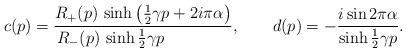
LaTeX: \begin{align*}c(p)=\frac{R_+(p)\,\sinh\left(\frac{1}{2}\gamma p+2i\pi\alpha\right)}{R_- (p)\,\sinh\frac{1}{2}\gamma p~~~~~~~~~~~~},~~~~~~d(p)=-\frac{i\sin 2\pi\alpha}{\sinh\frac{1}{2}\gamma p}.\end{align*}